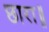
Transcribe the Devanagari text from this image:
छारा॥